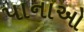
પાનાઓ